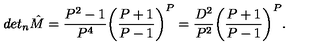
d e t _ { n } { \hat { M } } = \frac { P ^ { 2 } - 1 } { P ^ { 4 } } \bigg ( \frac { P + 1 } { P - 1 } \bigg ) ^ { P } = \frac { D ^ { 2 } } { P ^ { 2 } } \bigg ( \frac { P + 1 } { P - 1 } \bigg ) ^ { P } .